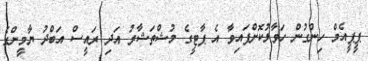
ޕީޕީއެމް ހިންގުން ހަވާލުކޮށްފައިވާ އެ ޕާޓީގެ މުޝްތަޝާރު އަދި ރައީސް އަބްދު ޔާމީންގެ